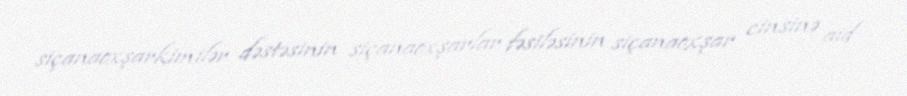
siçanaoxşarkimilər dəstəsinin siçanaoxşarlar fəsiləsinin siçanaoxşar cinsinə aid